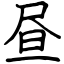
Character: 昼